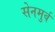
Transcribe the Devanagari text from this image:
सेनमुर्व